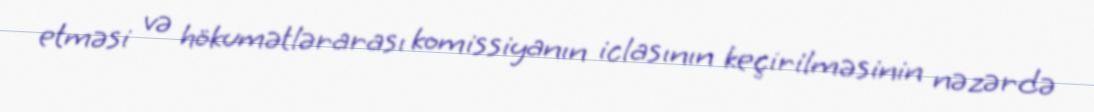
etməsi və hökumətlərarası komissiyanın iclasının keçirilməsinin nəzərdə